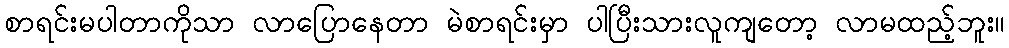
စာရင်းမပါတာကိုသာ လာပြောနေတာ မဲစာရင်းမှာ ပါပြီးသားလူကျတော့ လာမထည့်ဘူး။